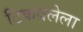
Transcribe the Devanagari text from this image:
टिकवलेला